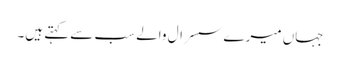
جہاں میرے سسرال والے سب سے کہتے ہیں۔